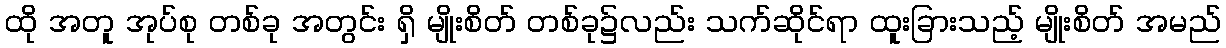
ထို အတူ အုပ်စု တစ်ခု အတွင်း ရှိ မျိုးစိတ် တစ်ခု၌လည်း သက်ဆိုင်ရာ ထူးခြားသည့် မျိုးစိတ် အမည်